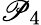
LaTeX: \mathscr{P}_{4}